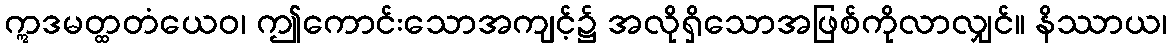
ဣဒမတ္ထတံယေဝ၊ ဤကောင်းသောအကျင့်၌ အလိုရှိသောအဖြစ်ကိုလာလျှင်။ နိဿာယ၊